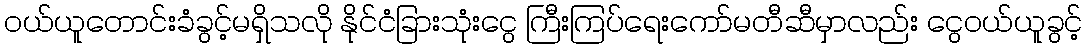
ဝယ်ယူတောင်းခံခွင့်မရှိသလို နိုင်ငံခြားသုံးငွေ ကြီးကြပ်ရေးကော်မတီဆီမှာလည်း ငွေဝယ်ယူခွင့်